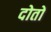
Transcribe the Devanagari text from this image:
दोतों